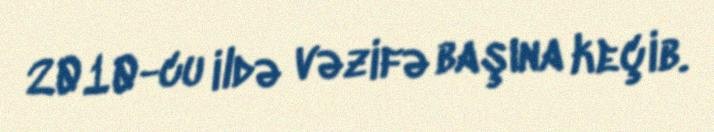
2010-cu ildə vəzifə başına keçib.